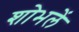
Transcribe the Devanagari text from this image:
शोभलें